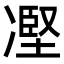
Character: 𠗻